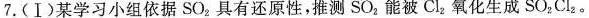
7.(Ⅰ)某学习小组依据SO_{2}具有还原性，推测SO_{2}能被Cl_{2}氧化生成SO_{2}Cl_{2}。